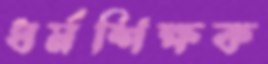
ধর্মশিক্ষক